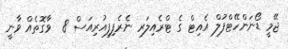
ޖޭމީ ޑޯނަންހޭޓްފުލް އެއިޓް ގެ ޓްރެއިލަރ ނެރެފިފިއުރިއަސް 8  ވާގޮތެއް ވާނީ